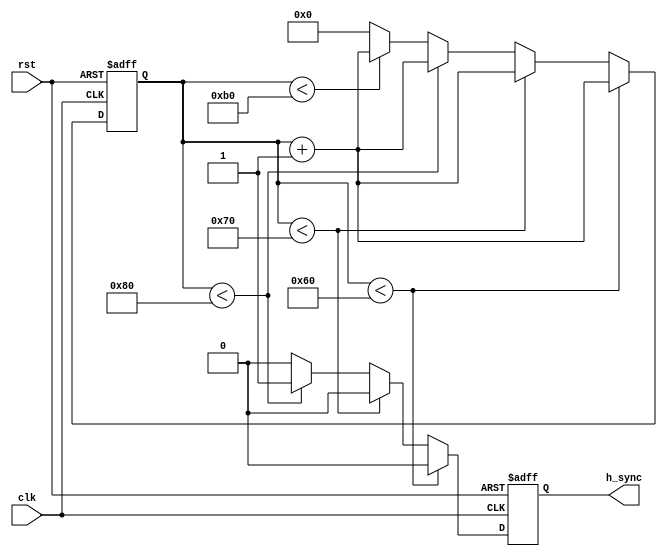
module h_sync(
    input clk,
    input rst,
    output reg h_sync
);

parameter H_SYNC_WIDTH = 96;
parameter FRONT_PORCH = 16;
parameter SYNC_PULSE = 16;
parameter BACK_PORCH = 48;

reg [7:0] count;

always @(posedge clk or posedge rst) begin
    if(rst) begin
        count <= 0;
        h_sync <= 1;
    end else begin
        if(count < H_SYNC_WIDTH) begin
            h_sync <= 0;
            count <= count + 1;
        end else if(count < H_SYNC_WIDTH + FRONT_PORCH) begin
            h_sync <= 0;
            count <= count + 1;
        end else if(count < H_SYNC_WIDTH + FRONT_PORCH + SYNC_PULSE) begin
            h_sync <= 1;
            count <= count + 1;
        end else if(count < H_SYNC_WIDTH + FRONT_PORCH + SYNC_PULSE + BACK_PORCH) begin
            h_sync <= 0;
            count <= count + 1;
        end else begin
            count <= 0;
            h_sync <= 0;
        end
    end
end

endmodule